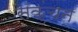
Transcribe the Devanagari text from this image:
सकुंचन